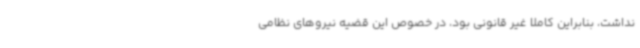
نداشت، بنابراین کاملا غیر قانونی بود، در خصوص این قضیه نیروهای نظامی